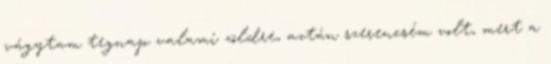
vágytam tegnap valami zöldre, aztán szerencsém volt, mert a